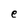
Character: e